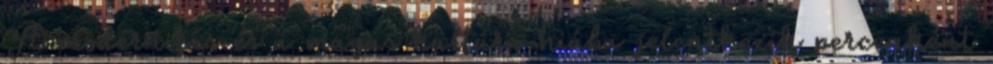
A modernitás és a magas kultúra hiába jelentkezik percenként